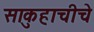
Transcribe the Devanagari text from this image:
साकुहाचीचे